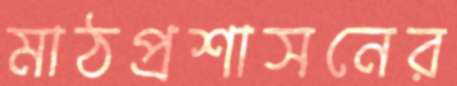
মাঠপ্রশাসনের